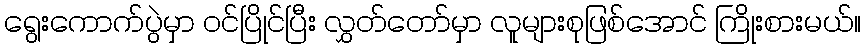
ရွေးကောက်ပွဲမှာ ဝင်ပြိုင်ပြီး လွှတ်တော်မှာ လူများစုဖြစ်အောင် ကြိုးစားမယ်။